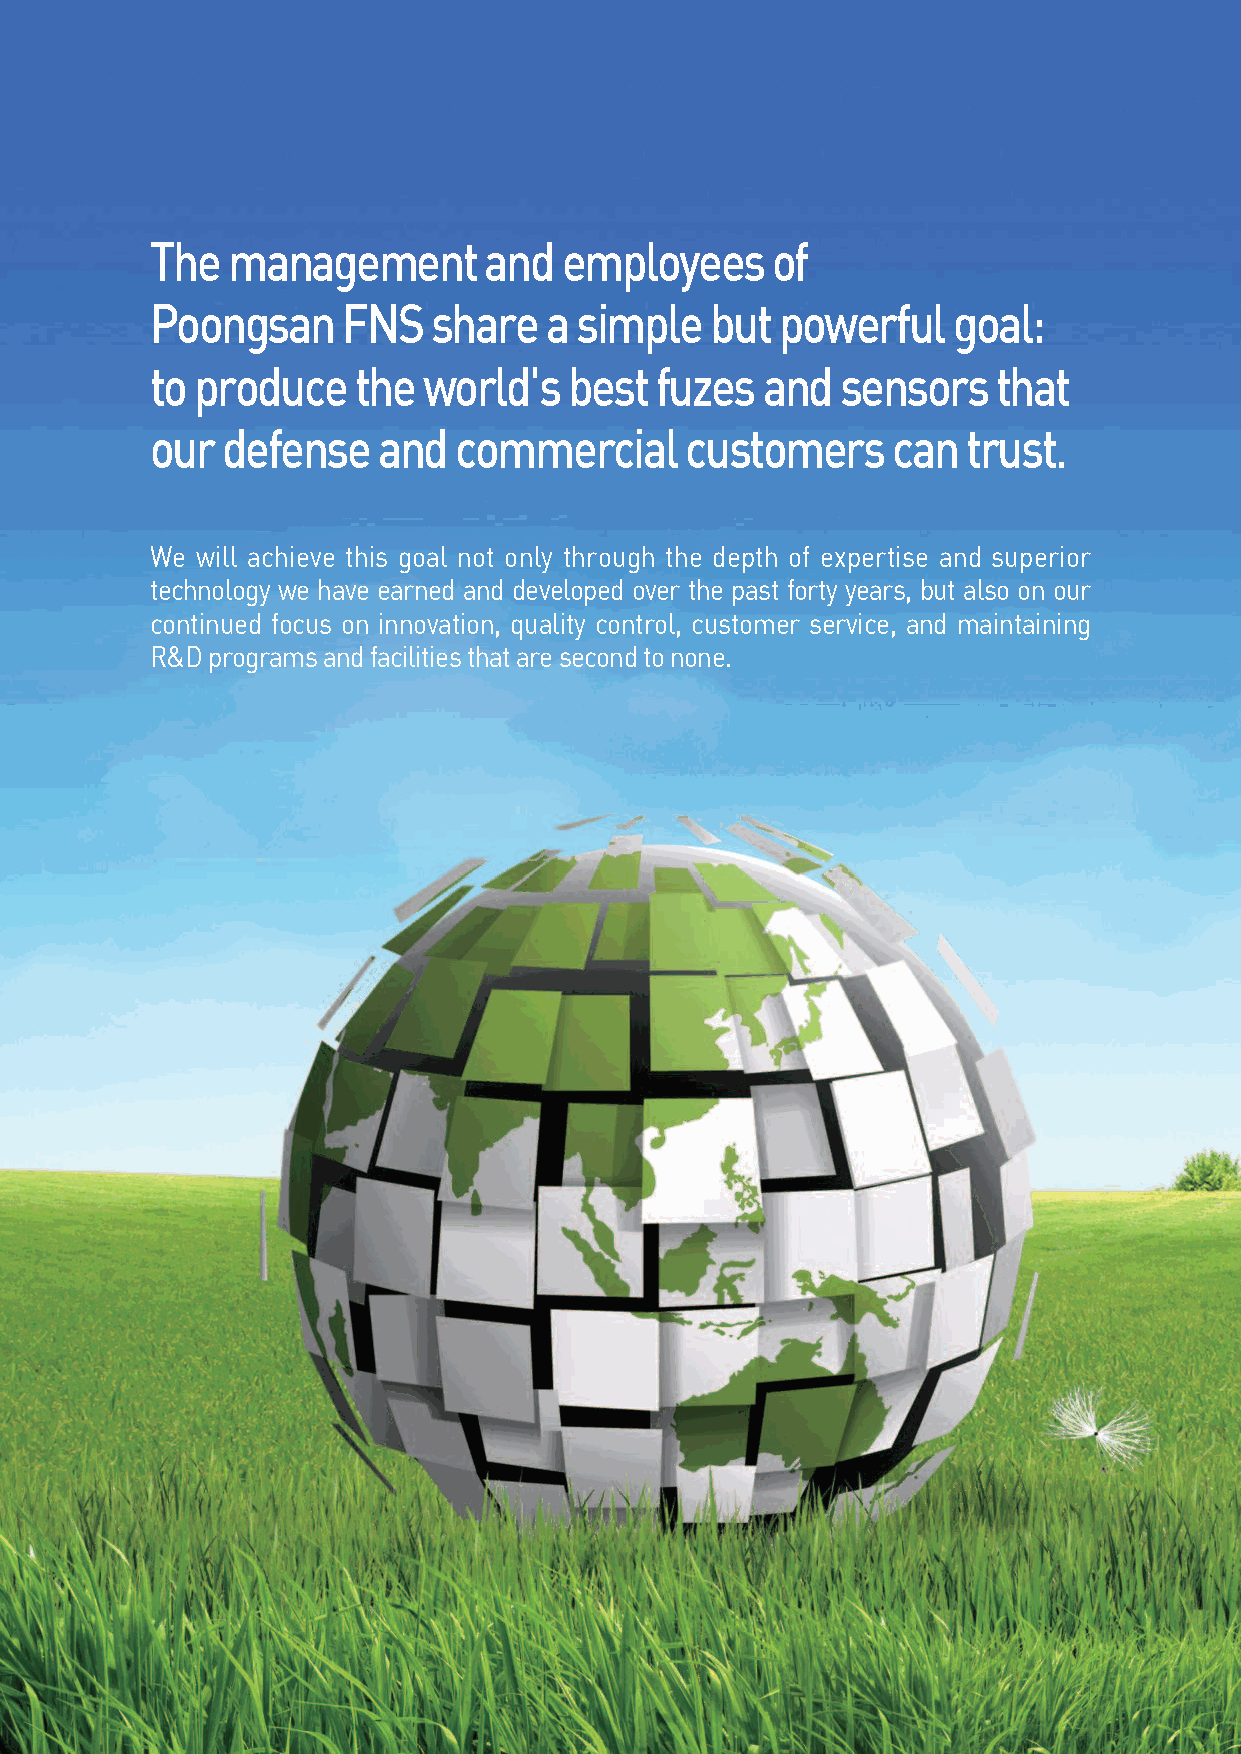
The  management       and  employees     of
 Poongsan     FnS   share  a simple   but  powerful   goal:
 to produce   the  world's   best fuzes  and   sensors   that
 our  defense   and  commercial     customers     can  trust.
 We will achieve this goal not only through the depth of expertise and superior
 technology we have earned and developed over the past forty years, but also on our
 continued focus on innovation, quality control, customer service, and maintaining
 R&D programs and facilities that are second to none.